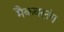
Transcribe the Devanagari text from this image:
मैकक्लंग